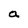
Character: a